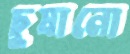
চুষানো